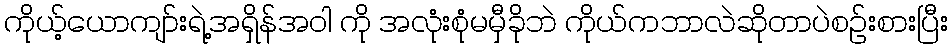
ကိုယ့်ယောကျာ်းရဲ့အရှိန်အဝါ ကို အလုံးစုံမမှီခိုဘဲ ကိုယ်ကဘာလဲဆိုတာပဲစဉ်းစားပြီး